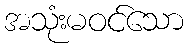
အသုံးမဝင်သော